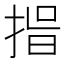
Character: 𭡑